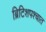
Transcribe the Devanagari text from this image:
ब्रिटिशपश्चात